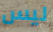
ليس